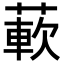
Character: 𬝵